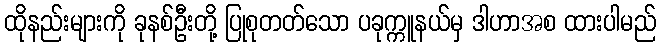
ထိုနည်းများကို ခုနစ်ဦးတို့ ပြုစုတတ်သော ပခုက္ကူနယ်မှ ဒါဟာအစ ထားပါမည်